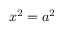
x ^ { 2 } = a ^ { 2 }